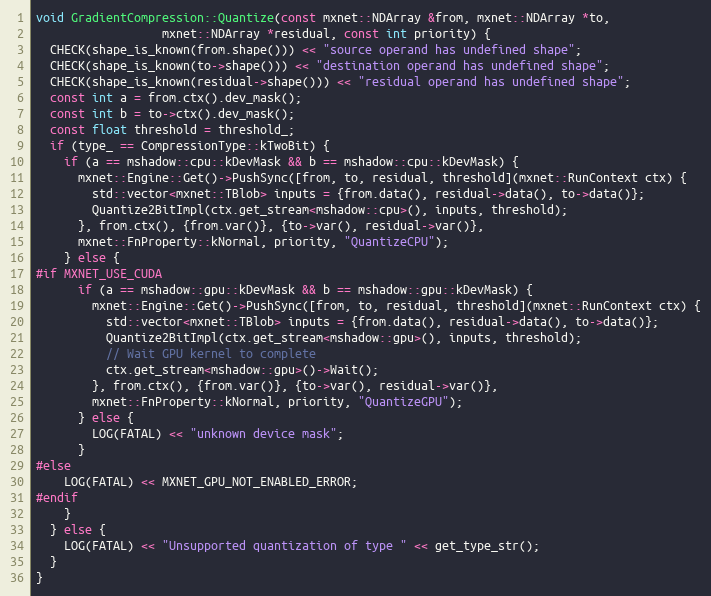
Language: C++
void GradientCompression::Quantize(const mxnet::NDArray &from, mxnet::NDArray *to,
                  mxnet::NDArray *residual, const int priority) {
  CHECK(shape_is_known(from.shape())) << "source operand has undefined shape";
  CHECK(shape_is_known(to->shape())) << "destination operand has undefined shape";
  CHECK(shape_is_known(residual->shape())) << "residual operand has undefined shape";
  const int a = from.ctx().dev_mask();
  const int b = to->ctx().dev_mask();
  const float threshold = threshold_;
  if (type_ == CompressionType::kTwoBit) {
    if (a == mshadow::cpu::kDevMask && b == mshadow::cpu::kDevMask) {
      mxnet::Engine::Get()->PushSync([from, to, residual, threshold](mxnet::RunContext ctx) {
        std::vector<mxnet::TBlob> inputs = {from.data(), residual->data(), to->data()};
        Quantize2BitImpl(ctx.get_stream<mshadow::cpu>(), inputs, threshold);
      }, from.ctx(), {from.var()}, {to->var(), residual->var()},
      mxnet::FnProperty::kNormal, priority, "QuantizeCPU");
    } else {
#if MXNET_USE_CUDA
      if (a == mshadow::gpu::kDevMask && b == mshadow::gpu::kDevMask) {
        mxnet::Engine::Get()->PushSync([from, to, residual, threshold](mxnet::RunContext ctx) {
          std::vector<mxnet::TBlob> inputs = {from.data(), residual->data(), to->data()};
          Quantize2BitImpl(ctx.get_stream<mshadow::gpu>(), inputs, threshold);
          // Wait GPU kernel to complete
          ctx.get_stream<mshadow::gpu>()->Wait();
        }, from.ctx(), {from.var()}, {to->var(), residual->var()},
        mxnet::FnProperty::kNormal, priority, "QuantizeGPU");
      } else {
        LOG(FATAL) << "unknown device mask";
      }
#else
    LOG(FATAL) << MXNET_GPU_NOT_ENABLED_ERROR;
#endif
    }
  } else {
    LOG(FATAL) << "Unsupported quantization of type " << get_type_str();
  }
}